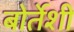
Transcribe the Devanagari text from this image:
बोर्तेशी